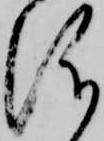
儀